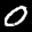
Label: 0